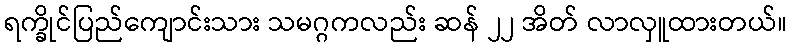
ရက္ခိုင်ပြည်ကျောင်းသား သမဂ္ဂကလည်း ဆန် ၂၂ အိတ် လာလှူထားတယ်။